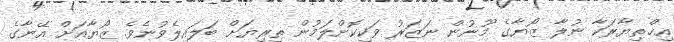
އިޚްތިޔާރަކާ ނުލާ ޒޯޔާގެ މޫނުން ނަޒަރު ވަކިކޮށްލަމުން ތިރިޔަށް ބަލައިލެވުނެވެ. ޒޯޔާއަށް އޭނާގެ